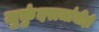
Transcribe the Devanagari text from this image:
मुकुंदराजांनीही